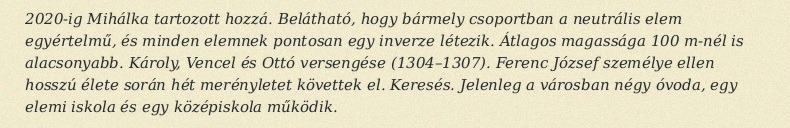
2020-ig Mihálka tartozott hozzá. Belátható, hogy bármely csoportban a neutrális elem egyértelmű, és minden elemnek pontosan egy inverze létezik. Átlagos magassága 100 m-nél is alacsonyabb. Károly, Vencel és Ottó versengése (1304–1307). Ferenc József személye ellen hosszú élete során hét merényletet követtek el. Keresés. Jelenleg a városban négy óvoda, egy elemi iskola és egy középiskola működik.